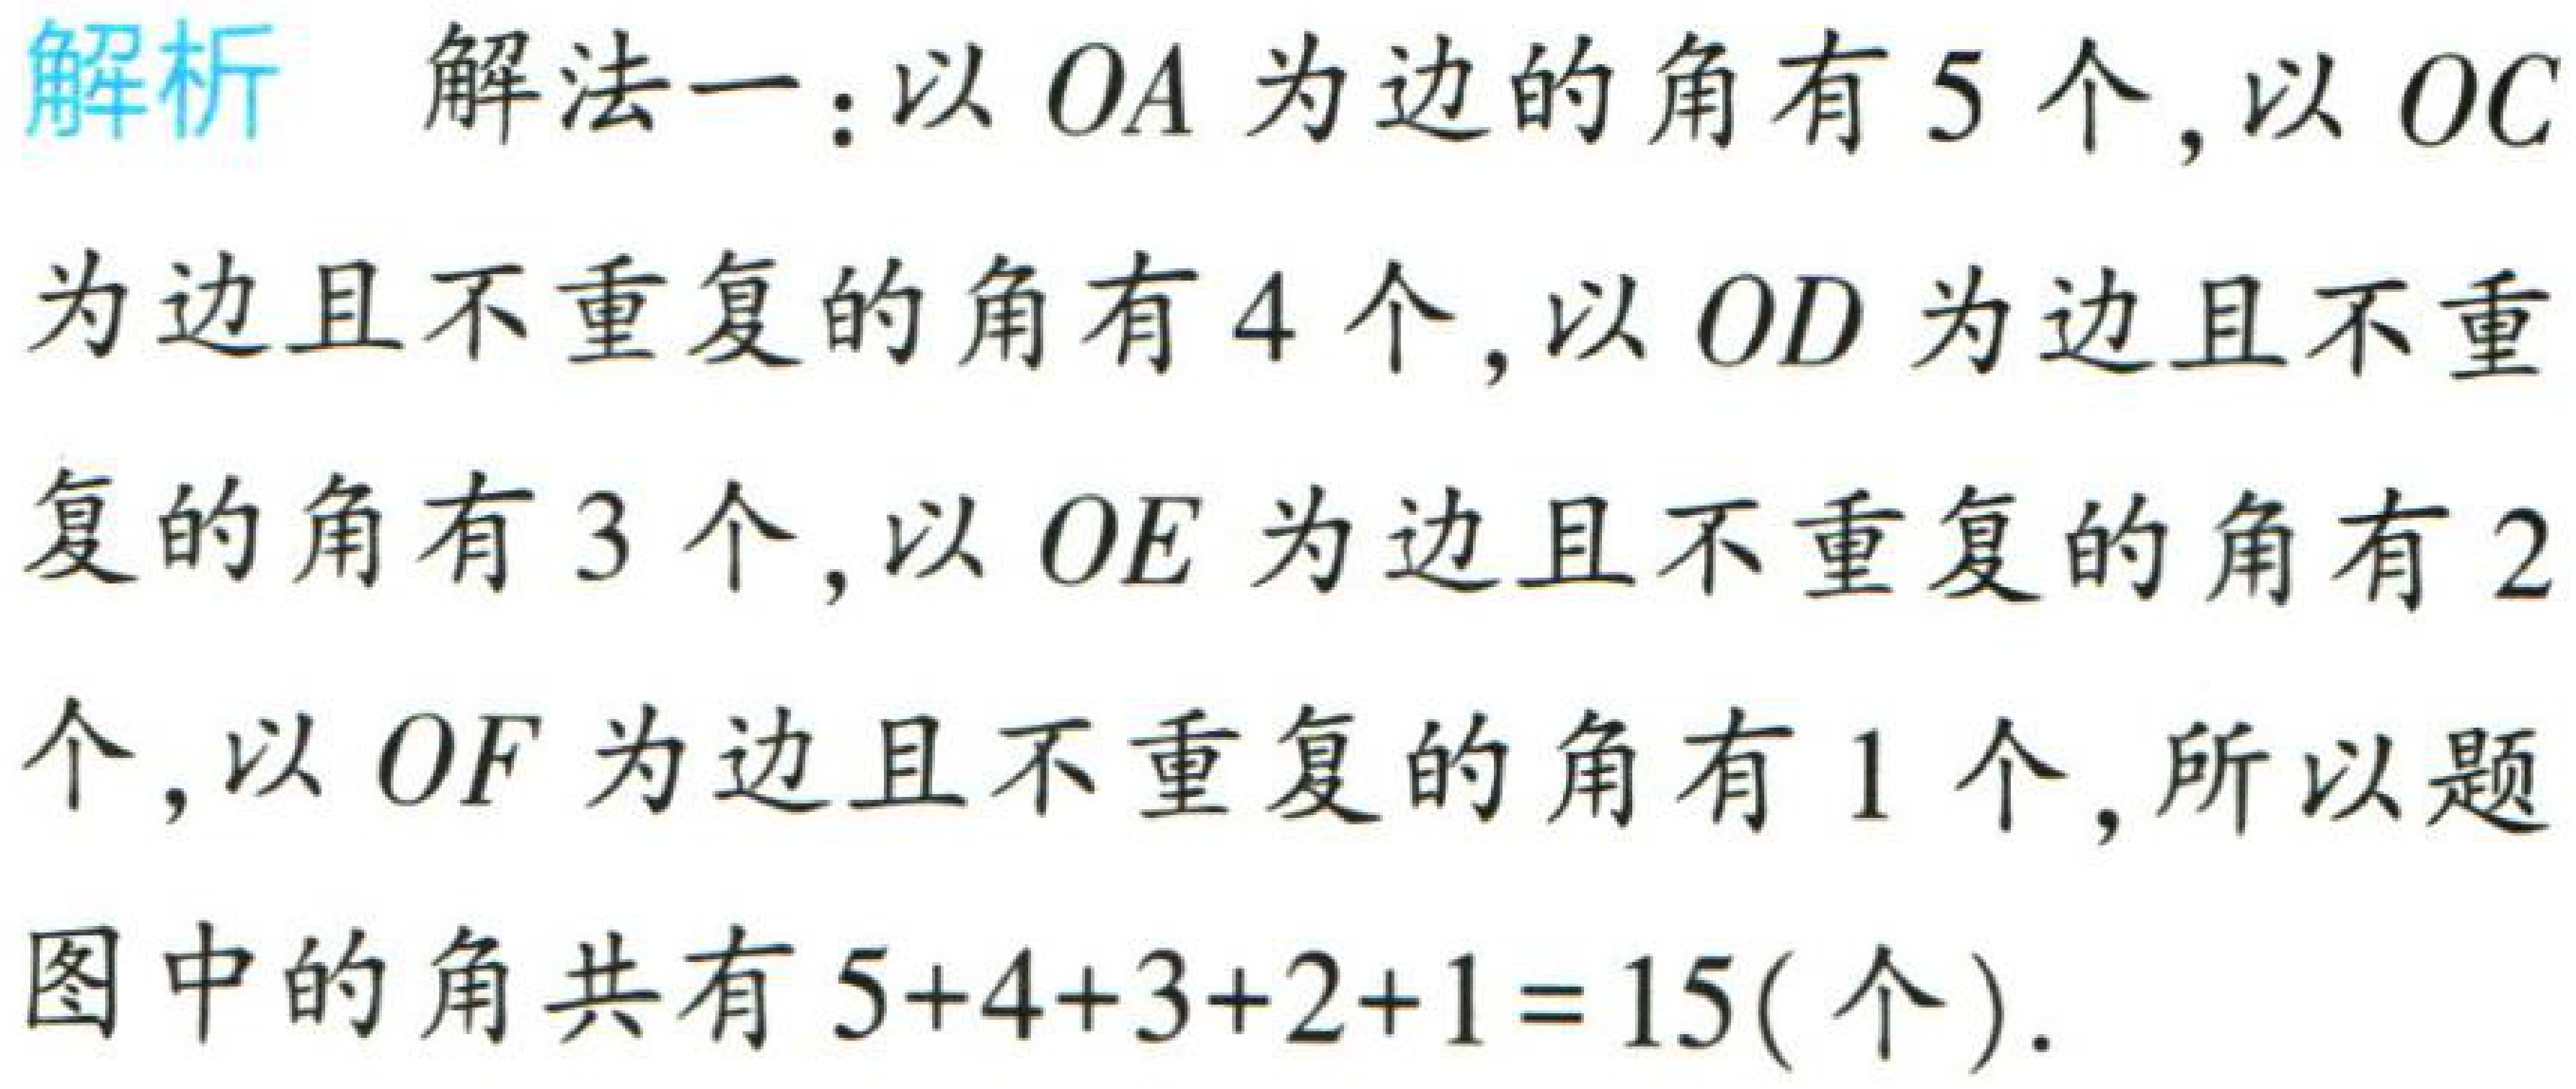
解析 解法一：以 \(OA\) 为边的角有 \(5\) 个，以 \(OC\) 为边且不重复的角有 \(4\) 个，以 \(OD\) 为边且不重复的角有 \(3\) 个，以 \(OE\) 为边且不重复的角有 \(2\) 个，以 \(OF\) 为边且不重复的角有 \(1\) 个，所以题图中的角共有 \(5 + 4+3 + 2+1 = 15(\text{个})\)。